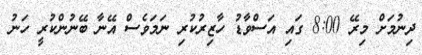
ދިނުމަށް މިރޭ 8:00 ގައި އަސްވާޑު ހާޒިރުކުރި ނަމަވެސް އޭނާ ބޭނުންކުރީ ހަނު